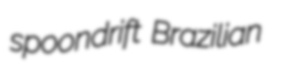
spoondrift Brazilian